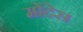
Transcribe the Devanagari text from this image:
मोंदेस